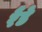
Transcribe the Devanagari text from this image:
रैंडे